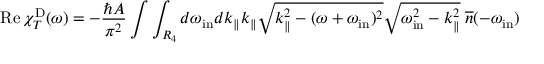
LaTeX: \mathrm { R e } \, \chi _ { T } ^ { \mathrm { D } } ( \omega ) = - \frac { \hbar A } { \pi ^ { 2 } } \int \int _ { R _ { 4 } } d \omega _ { \mathrm { i n } } d k _ { \| } k _ { \| } \sqrt { k _ { \| } ^ { 2 } - ( \omega + \omega _ { \mathrm { i n } } ) ^ { 2 } } \sqrt { \omega _ { \mathrm { i n } } ^ { 2 } - k _ { \| } ^ { 2 } } \; { \overline { { n } } } ( - \omega _ { \mathrm { i n } } )